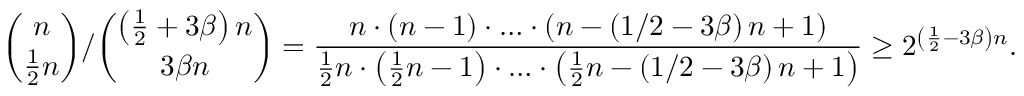
\binom { n } { \frac { 1 } { 2 } n } / \binom { \left( \frac { 1 } { 2 } + 3 \beta \right) n } { 3 \beta n } = \frac { n \cdot \left( n - 1 \right) \cdot \ldots \cdot \left( n - \left( 1 / 2 - 3 \beta \right) n + 1 \right) } { \frac { 1 } { 2 } n \cdot \left( \frac { 1 } { 2 } n - 1 \right) \cdot \ldots \cdot \left( \frac { 1 } { 2 } n - \left( 1 / 2 - 3 \beta \right) n + 1 \right) } \ge 2 ^ { \left( \frac { 1 } { 2 } - 3 \beta \right) n } .